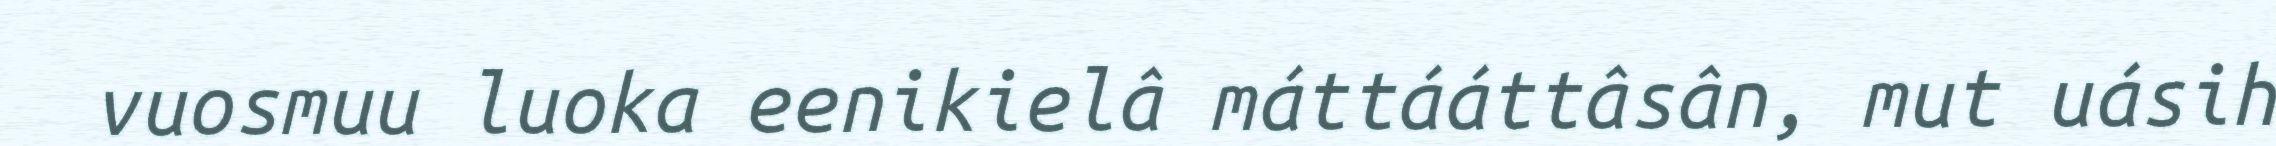
vuosmuu luoka eenikielâ máttááttâsân, mut uásih